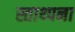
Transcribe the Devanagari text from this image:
स्ताथ्पना